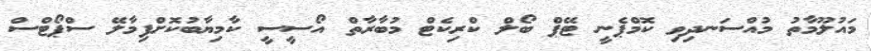
މައުލޫމާތު މުއްސަނދިވި ކޮމްޕެނީ ޓޭޕް ބޯލް ކްރިކެޓް މުބާރާތް އޯސީސީ ކާމިޔާބުކޮށްފިމާލޭ ސްޕޯޓްސް